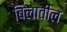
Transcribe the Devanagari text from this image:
बिलातील